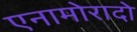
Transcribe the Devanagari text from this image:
एनामोरादो